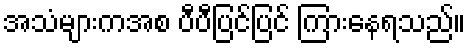
အသံများကအစ ပီပီပြင်ပြင် ကြားနေရသည်။